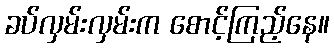
ခပ်လှမ်းလှမ်းက စောင့်ကြည့်နေ။